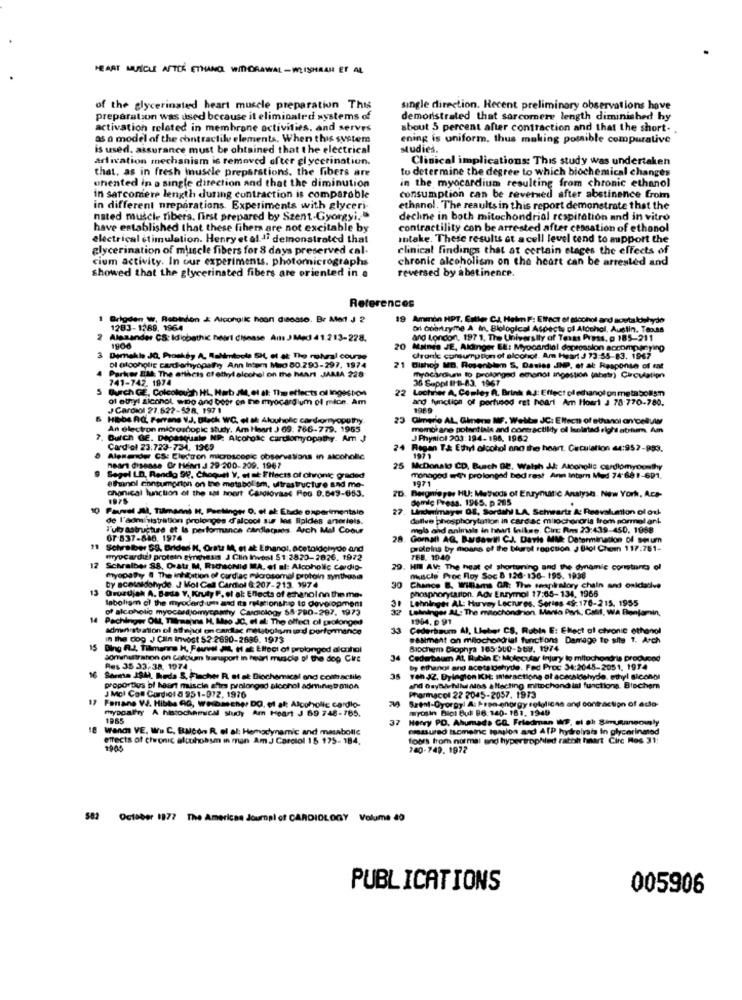
HEART MUSCLE AFTER ETHANOL WITHDRAWAL -WEISSHRAN ET AL
of the glycerinated heart muscle preparation This
single direction. Recent preliminary observations have
preparation was used because it eliminated systems of
demonstrated that sarcomere length diminished hy
activation related in membrane activities, and serves
about 5 percent after contraction and that the short. .
as o model of the contractile elements. When this system
ening is uniform. thus making possible compurative
is used. assurance must be obtained that the electrical
studies.
arlivation mechanism is removed ofter glycerination.
Clinical implications: This study was undertaken
that. as in fresh muscle preparations. the fibers are
whented in a single direction and that the diminution
in the myocardium resulting from chronic ethanol
to determine the degree to which biochemical changes
in sarconiere length during contraction is comparable
consumption can be reversed after abstinence from
in different nreparations. Experiments with glyceri-
ethanol. The results in this report demonstrate that the
nated muscle ribera, first prepared by Szent Gyorgyi,
dechine in both mitochondrial respiration and in vitro
have established that these fihers are not excitable by
contractility con be arrested after cessation of ethanol
electrical stimulation. Henry et al. 1ª demonstrated that
Intake. These results at a cell level tend to support the
glycerination of muscle fibers for 8 days preserved cal.
clinical findings that at certain etages the effects of
cium activity. In our experiments. photomicrographs
chronic alcoholism on the heart can be arrested and
showed that the glycerinsted fibers are oriented in a
reversed by abstinence.
References
1 Brigden w, Rabinden & Alcoholic haan disease. Br Med J 2
19 Ammon HPT. Caller Ca. Helm F: Effect of alcohol and acetakhehydo
1283-1289. 1964
Oil Geartryme A In, Biological Aspects of Alcohol, Austin, Texas
2 Alamander CS: Idiobathic howl disease Amts J Med 41.213-228.
and London, 197 1, The University of Texas Press. p 185-211
1900
20
Maines JE, Aldinger EE: Myocardial dapression accompanying
3 Demakla JO, Proskéy A, Rahimtoute SHL, el at The matural course
dhranle comurrution of alcohol. Am Heart J 73-55-83. 1967
Parker Ell: The atthets ct ethyl alcohol on the heart JAMA 228-
ol olooholic cardiomyopathy Ann Inter Med 80 .293-297. 1974
21 Bishop MB, Rosenblum S, Dasies JNP, et al Response of mat
741-742. 1974
myocardume to prolonged emanos ingestión (ahatr) Circulation
36 Suppl B-B-83. 1967
5 Durch GE, Colcolouch HL, Hab JM, et al: The effects of Ingestion
22
Lochrier A. Comley A. Brink AJ: Effect of ethanol on metabolism
of ethyl alcohol wino and bear on the myocard um of mion. Am
and function of pertusod ret heart Am Hoert a 78 770-780.
J Caromol 27.627-528, 197 1
1969
Hiobs RQ, Ferrane V.J. Black WC. el af Alouholic cardiomyopathy
23
23 Cimerio AL Ginene NF. Wellbe JC: Eltecn of ethanol an peluis
An electron microscopic study. Am Heart J 69: 766-779. 1965
mombi ane potentiale and contractility of Ieolatad elghi atrium Am
Durch GE. Depasquale MP: Alcohole cardiomyopathy. Am J
J Physiol 203:194-196. 1962
Card of 23:723-734. 1969
24 Regan T& Ethyl alcohol ano the heart. Circulation 44:952-993.
Alenander CS: Electron microscenic observations in alcoholic
heart disease Or Heart J 29-200-209. 1967
25 McDonalo CD, Busch BE, Walsh JJ: Alboholic cardiomyopathy
Segel LD. Rendo 99, Choque V. et at FHlects of chronic graded
monagod erth prolonged bed rest Ann Intern Mud 74-68 1-601.
1971
ethanol consumption on the metabol ism, uitrastructure and me-
chanical function of the sat hoert Cardiovasc Roo 0.649-653.
2D. Bergniepas HU: Methods of Enrynuanc Analysis. New York, Aco-
demic Press. 1965. p 265
10
Pavel All, Tilmanns H. Peelinger O. et al: Ebidle experimentalo
27. Linderimaye 08, Sordahl LA, Schearts A: Reevaluation of ork
de l'administration prolonges d'alcool sur les lipides anseriets.
dellve phosphorylation in cardiac mitochondria from normal ank
Tulo astructure et Is performance cardlacares. Arch Mal Coour
mols and animals in hhart Inikee. Circ Ans 23:439-450. 1968
OF 837-846. 1974
28. Gornal AG, Bardawill CJ. Davis MM: Determination of serum
Schreiber SS. Brides H, Oratr M, et al Ethanol. acetaldehyde and
proteins by moans of the bluerot reaction J Utol Chom 117:781-
myucardizi protein synthesis J Clin Invest $1:2820-2826. 1972
TBB. 1940
12
Schralber 88, Oratr M, RichsoNid MA, el ai: Alcoholic cardio-
29
HIT AV: The heat of shortuning and the dynamic constants of
myopathy @ The inhibition of cardiac mlorosomel protoin synthese
Muscle Proc Roy Soc & 128-136- 195. 1938
13
by scaelnidohyde. J Mol Cal Cardiol & 207-213. 1974
30
Chance B, Willams GR: The serspiralory chain and oniclarive
phosphorytarion. Adv Enzymol 17:65-134, 1966
Grusujak A. Bada V. Kruty P. of al: Enects of ethanol nn the me-
labolism of the myocard um and Its relationship to development
Lehningas AL: Hurvay Lectures. Series 49:176-215. 1955
of alcoholic myocardiomycomthy Carciclogy 55 790-297. 1973
31
32 Lehninger AL: The mitochondrion. Maria Park, Calif, Wa Benjamin,
14
Pachinger OM Tlanmapins H. Mso JC. el al: The effect of prolonged
1904. 0 91
administration of athepol on cardtac metabolism i'd performance
33
Cederbaum Al, Lieber CS, Ruble E: Ellect al civonic ethanol
In the dog J Clin invost 52-2690-2686. 1973
Wasiment on mitochondrial functions Damage to site 1. Arch
15
Bing R.J. Tillmanns H, Fauvel JIL, H af Eltoct of prolonged alcohol
Biochem Dlophpa 165:560->by. 1974
sonunultrahon on Calciumn bauport in heart muscle of the dog Circ
34 Cederbaum At, Rubin E: Molecular Injury to mitochondris produced
Res 35 33,38, 1974
by ethanol and acetaldehyde. Fed Proc 34:2045-2051, 1914
16 Samma JSUI, heda S. Fischer R. af at Biochemical and contractile
35
Ten J2. Bylagion ICH: Interactions al acecaldehyde, ethyl sicono
proporties of heart miscle afirs prolonged alochol adminet mion
and Osybachllul alas & ltacting mitochond ial functions, Blocher
J Mcl Con Cardiol 8 951-972. 1976
Fontane W. Hibba AG, WHbacher DO, of al; Alcoholic cardio-
Szent-Gyorgy! A: Pren-onorgy selglices and contraction of auto-
Pharmacol 22 2045-2057. 1973
myopathy A histochemical study Am Heart J 69 748-785.
myosin Dici But 96:140- 181, 1949
1965
37
Harry PD. Ahumada GQ. Friedman WE, el al Simunaneously
18
Wands VE. W. C. Balcon R. el al: Hemodynamic and masabolle
EmaSUed ILometric templos and ATP hydrolysis in glycerinated
effects of chronic alcuhobsm in man Am J Carolol 15 175-184.
fobrs from normal and hypertrophind rabih hnart Circ Mos 31:
1900
140-749. 1972
582 October 1977 The American Journal of CARDIOLOGY Volume 40
PUBLICATIONS
005906